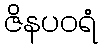
ဇိနပဝရံ